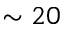
\sim 2 0